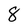
Character: 8